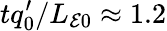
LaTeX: tq_{0}^{\prime}/L_{\mathcal{E}0}\approx 1.2